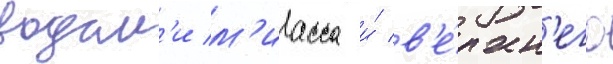
водам'и м'иасса и́ в'е́рхн'его